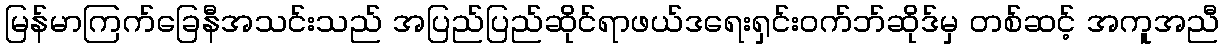
မြန်မာကြက်ခြေနီအသင်းသည် အပြည်ပြည်ဆိုင်ရာဖယ်ဒရေးရှင်းဝက်ဘ်ဆိုဒ်မှ တစ်ဆင့် အကူအညီ